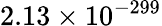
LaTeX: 2.13\times 10^{-299}